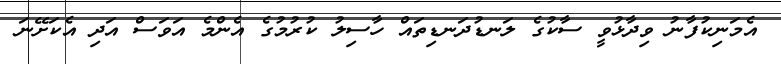
އެމަނިކުފާނު ވިދާޅުވީ ސާކުގެ ލަނޑުދަނޑިތައް ހާސިލު ކުރުމުގެ އެންމެ އަވަސް އަދި އެކަށޭނަ